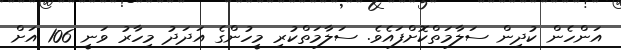
އަންހެން ކުދިން ސަލާމަތްކޮށްފައެވެ. ސަލާމަތްކުރި މީހުންގެ އަދަދު މިހާރު ވަނީ 106 އަށް